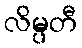
လိမ္ပတီ